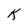
Character: K